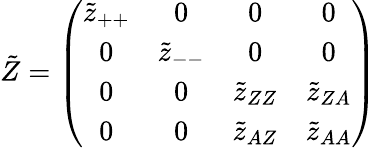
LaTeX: \tilde{Z}=\left(\begin{array}{cccc}{{\tilde{z}_{++}}}&{{0}}&{{0}}&{{0}}\\ {{0}}&{{\tilde{z}_{--}}}&{{0}}&{{0}}\\ {{0}}&{{0}}&{{\tilde{z}_{ZZ}}}&{{\tilde{z}_{ZA}}}\\ {{0}}&{{0}}&{{\tilde{z}_{AZ}}}&{{\tilde{z}_{AA}}}\end{array}\right)